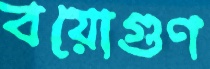
বয়োগুণ